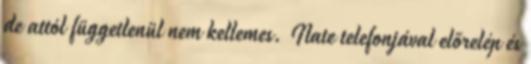
de attól függetlenül nem kellemes. Nate telefonjával előrelép és